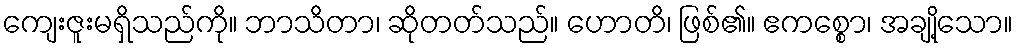
ကျေးဇူးမရှိသည်ကို။ ဘာသိတာ၊ ဆိုတတ်သည်။ ဟောတိ၊ ဖြစ်၏။ ဧကစ္စော၊ အချို့သော။